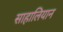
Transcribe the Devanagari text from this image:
साहालियान